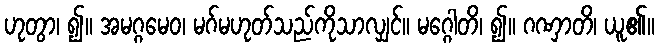
ဟုတွာ၊ ၍။ အမဂ္ဂမေဝ၊ မဂ်မဟုတ်သည်ကိုသာလျှင်။ မဂ္ဂေါတိ၊ ၍။ ဂဏှာတိ၊ ယူ၏။